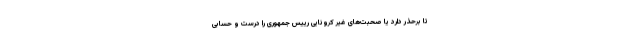
تا برحذر دارد یا صحبت‌های غیر کرونایی رییس جمهوری را درست و حسابی